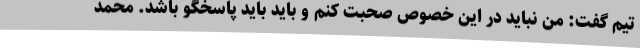
تیم گفت: من نباید در این خصوص صحبت کنم و باید باید پاسخگو باشد. محمد